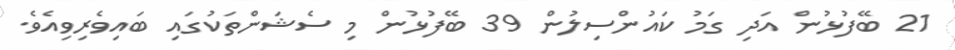
21 ބޭފުޅުން އަދި ގަމު ކައުންސިލުން 39 ބޭފުޅުން މި ސެޝަންތަކުގައި ބައިވެރިވިއެވެ.